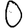
Digit: 0